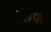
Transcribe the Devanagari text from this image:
ईसपः